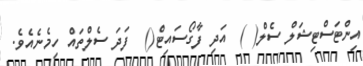
އިންޓަސްޓިޝަލް ސެލް( )  އަދި ފާގޯސައިޓް()  ފަދަ ސެލްތައް ހިމެނެއެވެ.